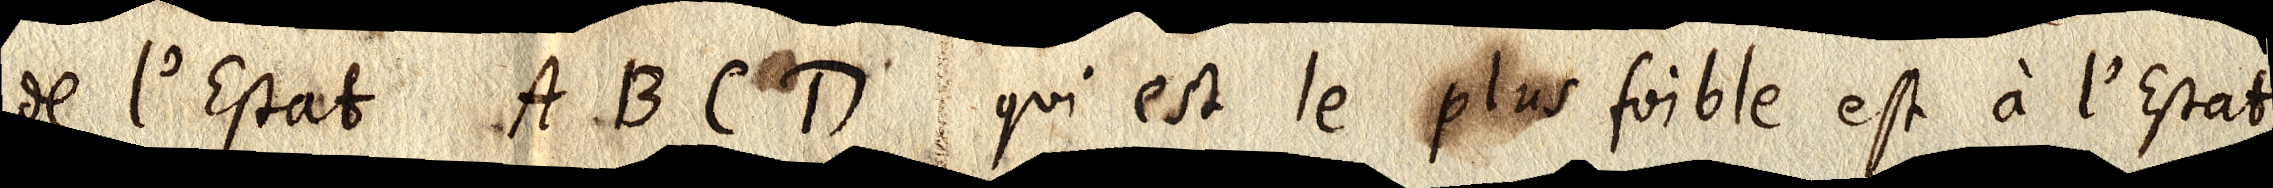
de l’Estat ABCD qui est plus foible est à de l’Estat